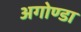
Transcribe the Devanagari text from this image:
अगोण्डा